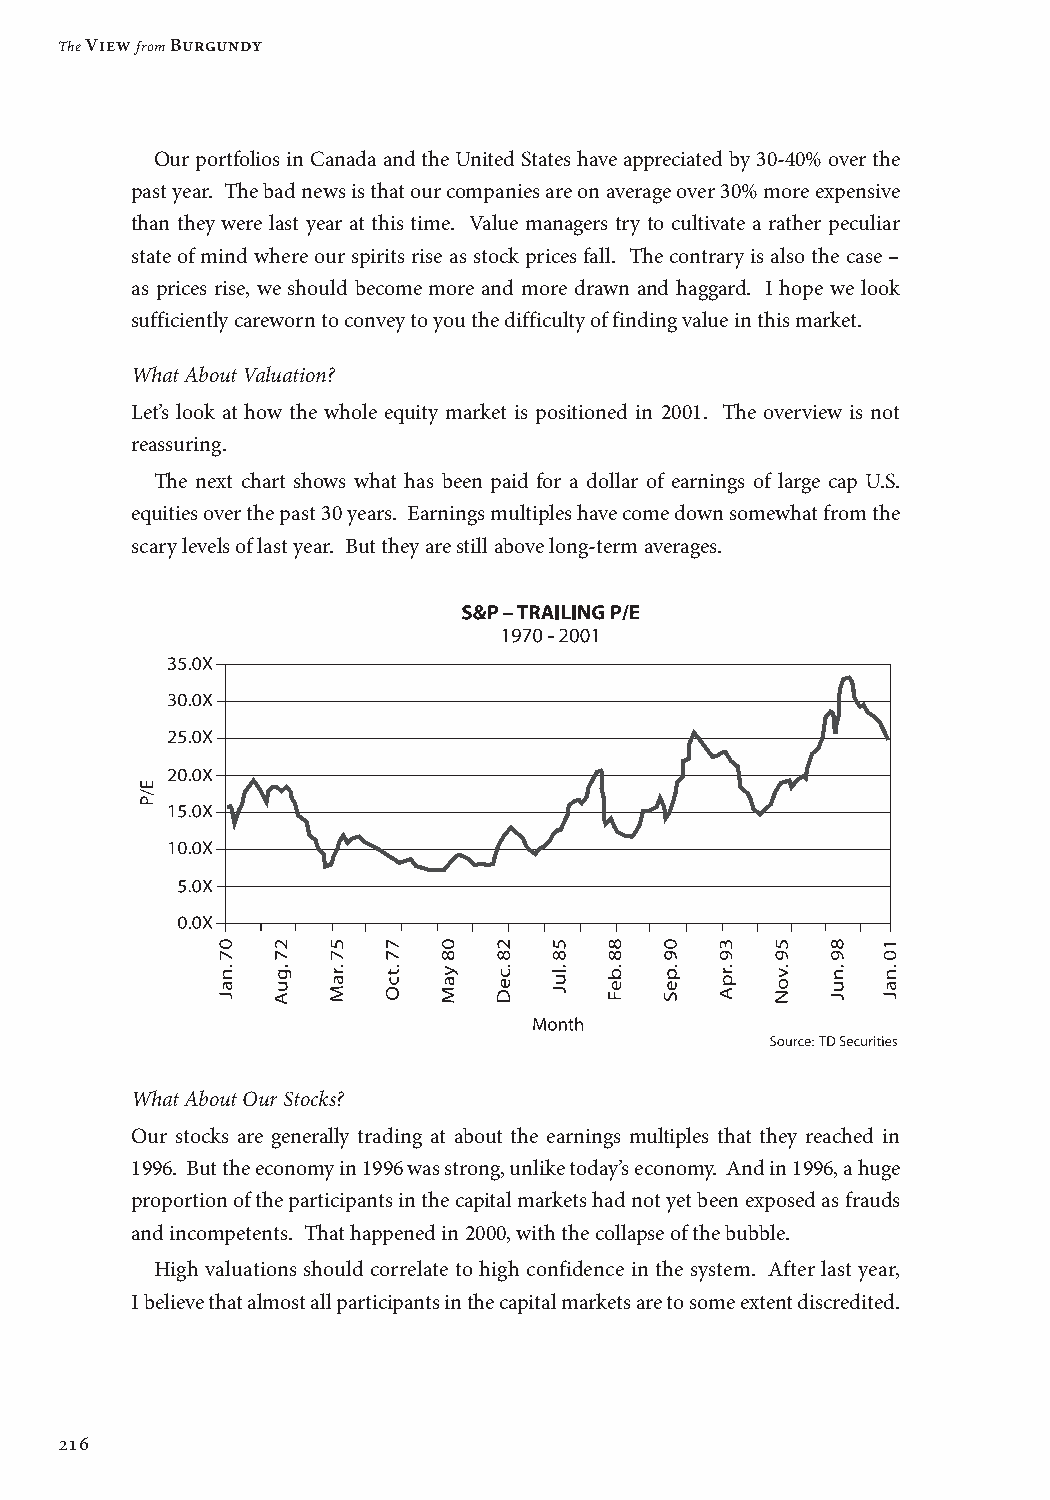
The View from Burgundy
 Our portfolios in Canada and the United States have appreciated by 30-40% over the
 past year. The bad news is that our companies are on average over 30% more expensive
 than they were last year at this time. Value managers try to cultivate a rather peculiar
 state of mind where our spirits rise as stock prices fall. The contrary is also the case –
 as prices rise, we should become more and more drawn and haggard. I hope we look
 sufficiently careworn to convey to you the difficulty of finding value in this market.
 What About Valuation?
 Let’s look at how the whole equity market is positioned in 2001. The overview is not
 reassuring.
 The next chart shows what has been paid for a dollar of earnings of large cap U.S.
 equities over the past 30 years. Earnings multiples have come down somewhat from the
 scary levels of last year. But they are still above long-term averages.
 What About Our Stocks?
 Our stocks are generally trading at about the earnings multiples that they reached in
 1996. But the economy in 1996 was strong, unlike today’s economy. And in 1996, a huge
 proportion of the participants in the capital markets had not yet been exposed as frauds
 and incompetents. That happened in 2000, with the collapse of the bubble.
 High valuations should correlate to high confidence in the system. After last year,
 I believe that almost all participants in the capital markets are to some extent discredited.
 216